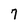
Character: 7